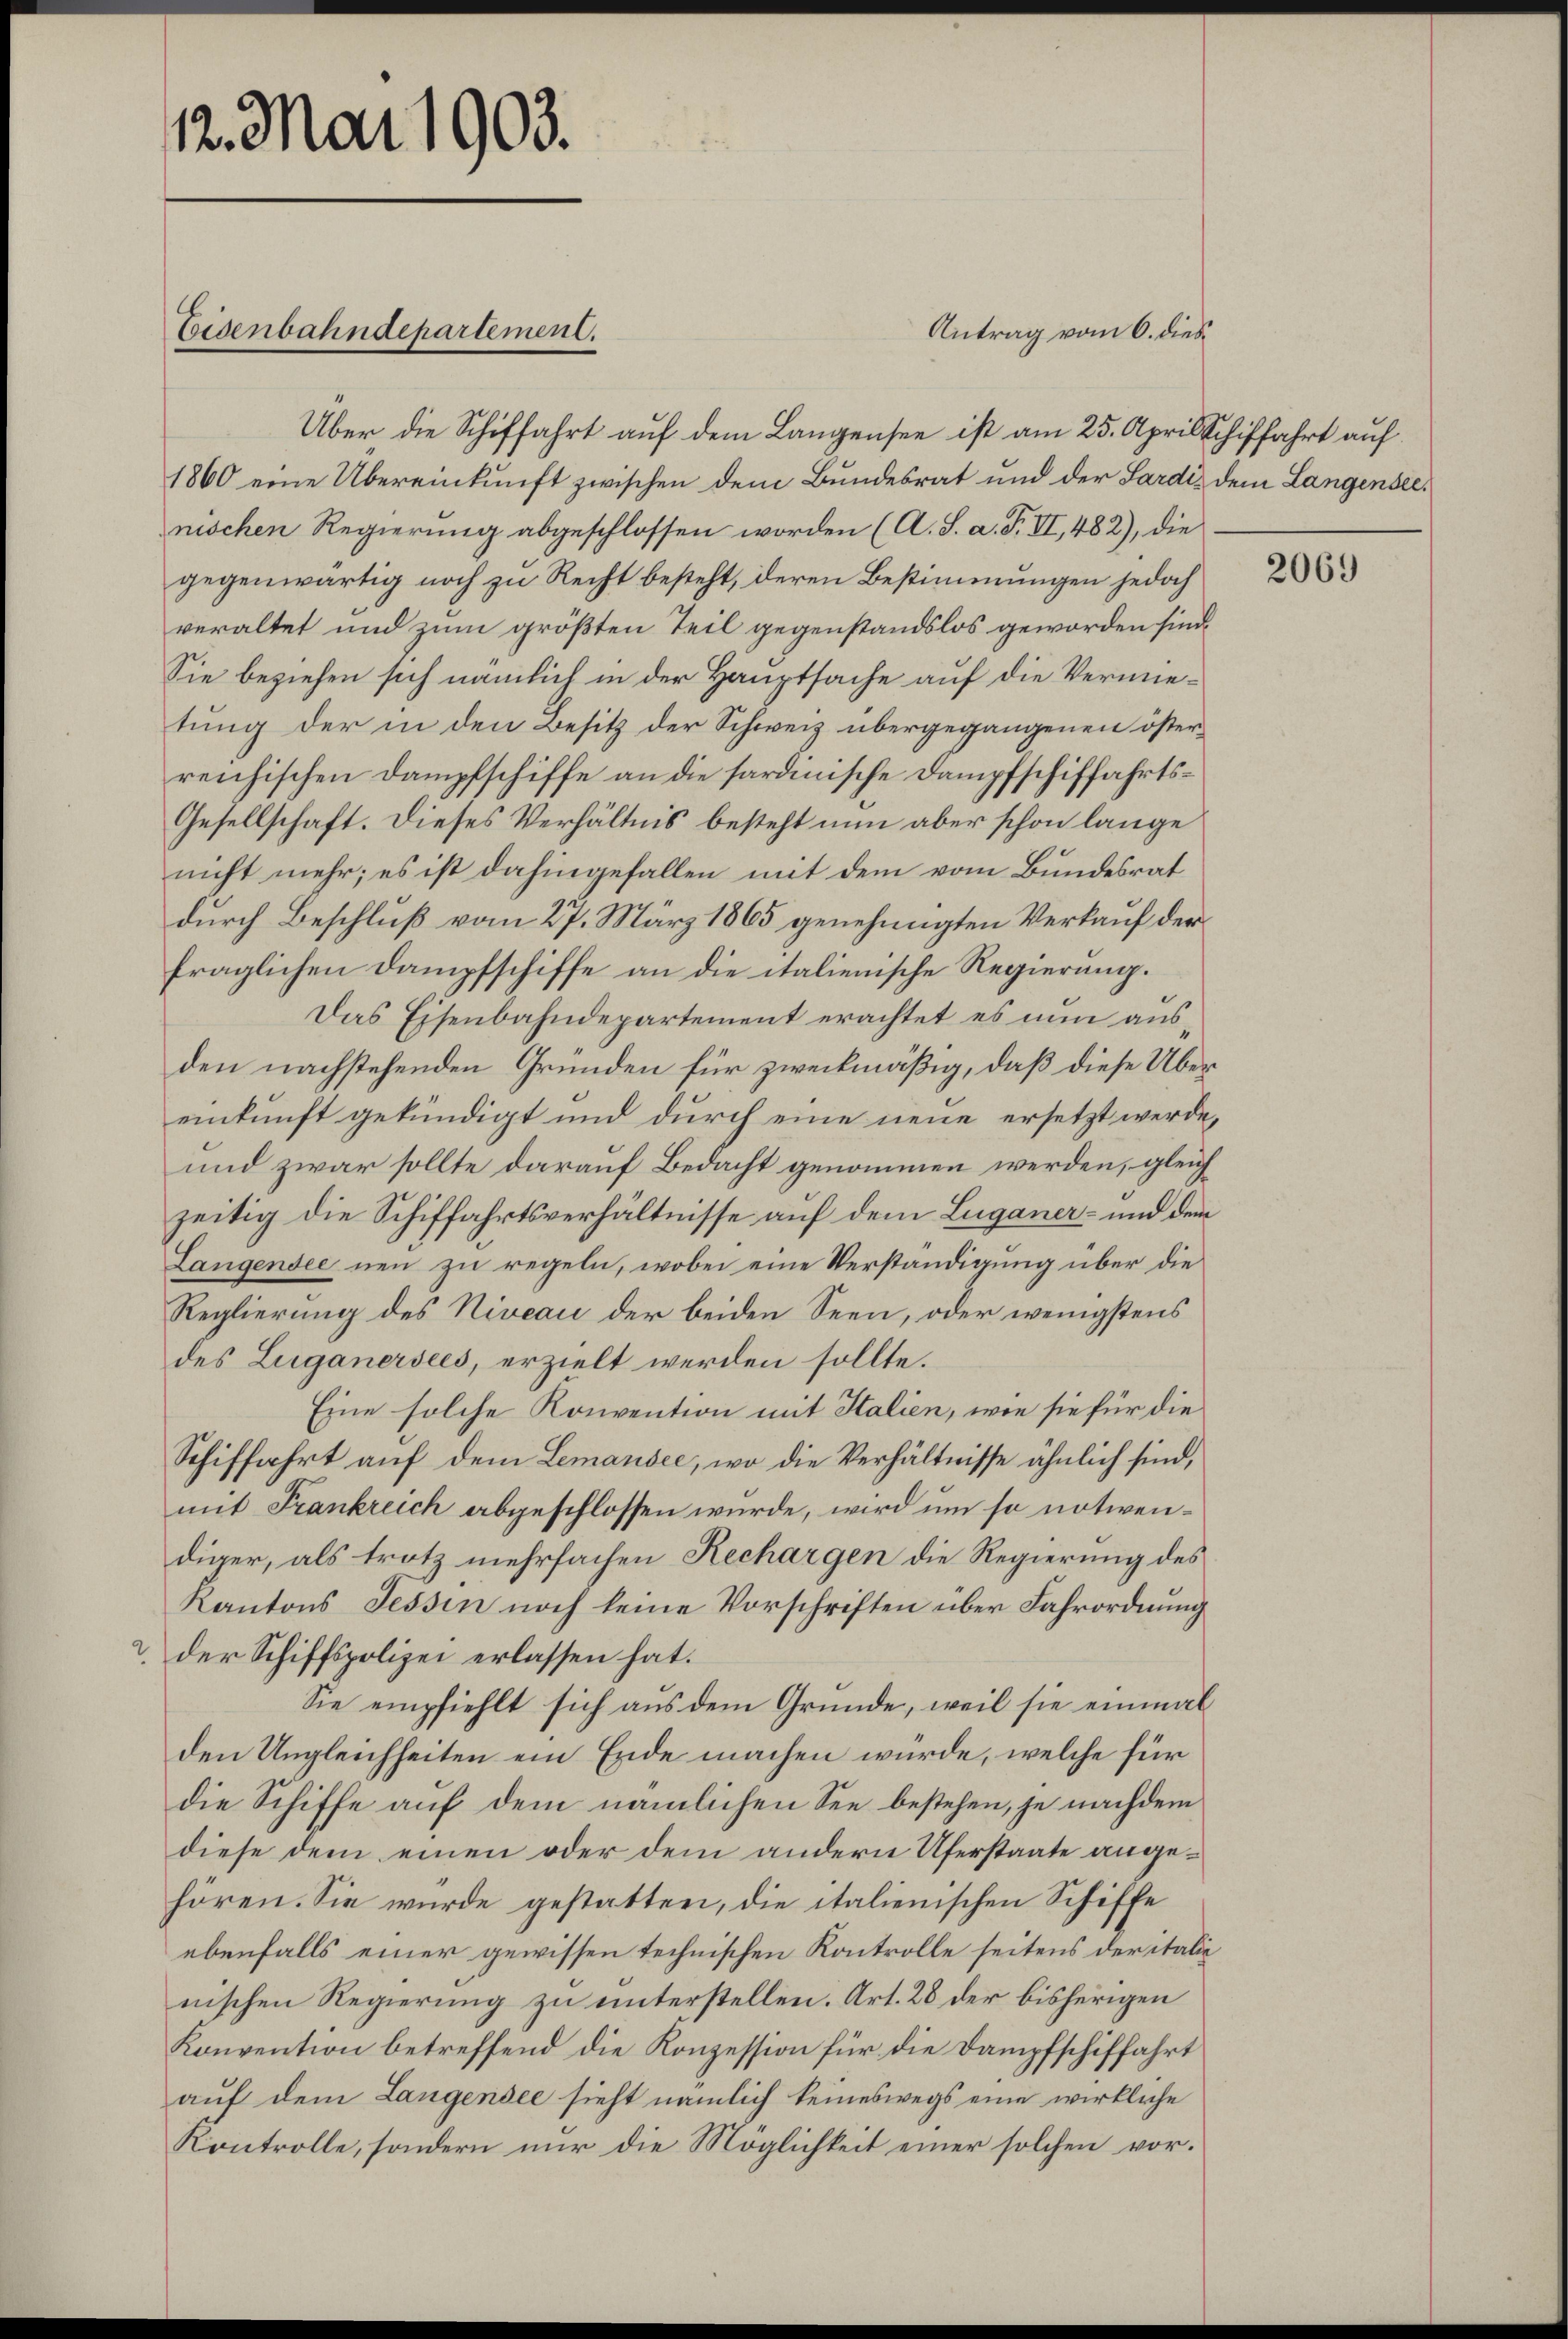
12. Mai 1903.

Über die Schiffahrt auf dem Langensee ist am 25. April Schiffahrt auf
1860 eine Übereinkunft zwischen dem Bundesrat und der Sardi dem Langenseenischen Regierung abgeschlossen worden (A. S. a. F. VI, 482), die
gegenwärtig noch zu Recht besteht, deren Bestimmungen jedoch
veraltet und zum größten Teil gegenstandslos geworden sind.
Sie beziehen sich nämlich in der Hauptsache auf die Vermietung der in den Besitz der Schweiz übergegangenen österreichischen Dampfschiffe an die sardinische Dampfschiffahrts¬
Gesellschaft. Dieses Verhältnis besteht nun aber schon lange
nicht mehr; es ist dahingefallen mit dem vom Bundesrat
durch Beschluß vom 27. März 1865 genehmigten Verkauf der
fraglichen Dampfschiffe an die italienische Regierung.
Das Eisenbahndepartement erachtet es nun ausden nachstehenden Gründen für zweckmäßig, daß diese Übereinkunft gekündigt und durch eine neue ersetzt werde,
und zwar sollte darauf Bedacht genommen werden, gleich
zeitig die Schiffahrtsverhältnisse auf dem Luganer- und dem
Langensee neu zu regeln, wobei eine Verständigung über die
Reglierung des Niveau der beiden Seen, oder wenigstens
des Luganersees, erzielt werden sollte.
Eine solche Konvention mit Italien, wie sie für die
Schiffahrt auf dem Lemansee, wo die Verhältnisse ähnlich sind,
mit Frankreich abgeschlossen wurde, wird um so notwendiger, als trotz mehrfachen Rechargen die Regierung des
Kantons Tessin noch keine Vorschriften über Fahrordnung
2. der Schiffspolizei erlassen hat.
Sie empfiehlt sich aus dem Gründe, weil sie einmal
den Ungleichheiten ein Ende machen würde, welche für
die Schiffe auf dem nämlichen See bestehen, je nachdem
diese dem einen oder dem andern Uferstaate angehören. Sie wurde gestatten, die italienischen Schiffe
ebenfalls einer gewissen technischen Kontrolle seitens der itali
nischen Regierung zu unterstellen. Art. 28 der bisherigen
Konvention betreffend die Konzession für die Dampfschiffahrt
auf dem Langensee sieht nämlich keineswegs eine wirkliche
Kontrolle, sondern nur die Möglichkeit einer solchen vor¬

Eisenbahndepartement.

Antrag vom 6. dies

2069